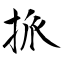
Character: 挀